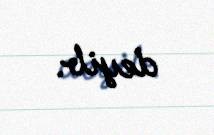
deyib.